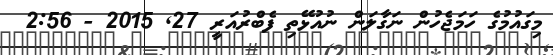
މިގައުމުގެ ހަމަޖެހުން ނަގާލަން ނުއުޅޭތި ފެބްރުއަރީ 27